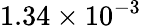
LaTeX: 1.34\times 10^{-3}